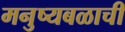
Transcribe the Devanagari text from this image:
मनुष्यबळाची